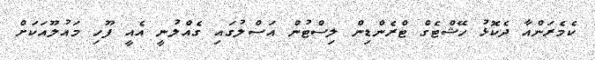
ކެމެރަންއާ ދެކޮޅު ހޭޝްޓެގް ޓްރެންޑިން ލިސްޓުން އަސްލުގައި ގެއްލުނީ އެއީ ފޫހި މައުލޫއަކަށް